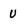
Character: U